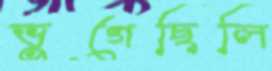
ভুগেছিলি